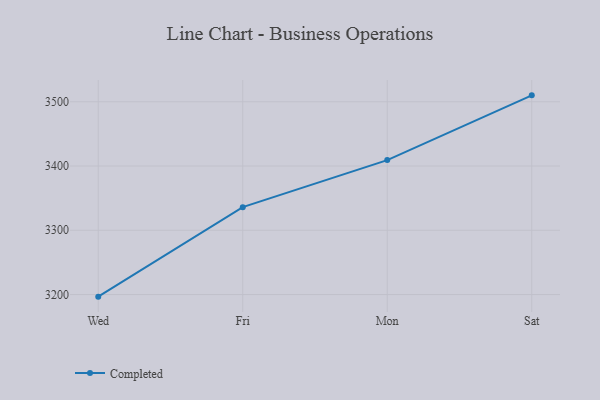
{"axis": {"x": "Day", "y": "Temperature (°C)"}, "legend": ["Completed"], "data": [{"x": "Wed", "y": 3196.7, "type": "Completed"}, {"x": "Fri", "y": 3336.0, "type": "Completed"}, {"x": "Mon", "y": 3409.2, "type": "Completed"}, {"x": "Sat", "y": 3510.0, "type": "Completed"}]}